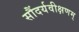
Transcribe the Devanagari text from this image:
सौंदर्यवीक्षणम्